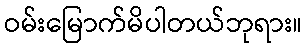
ဝမ်းမြောက်မိပါတယ်ဘုရား။